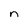
Character: n